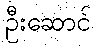
ဦးဆောင်